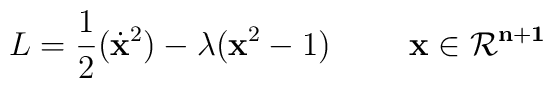
L = \frac{1}{2}(\dot{\bf x}^2) -\lambda ({\bf x}^2 - 1) \hskip 1.0cm \bf x \in {\cal R}^{n+1}